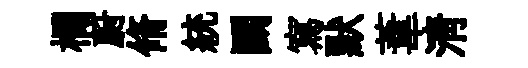
欄蔚脩統鬬寫默葦淸